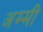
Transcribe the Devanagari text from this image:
अम्मी